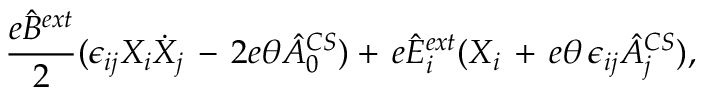
\frac { e \hat { B } \sp { e x t } } { 2 } ( \epsilon _ { i j } X _ { i } \dot { X } _ { j } \, - \, 2 e \theta \hat { A } _ { 0 } \sp { C S } ) + \, e \hat { E } _ { i } \sp { e x t } ( X _ { i } \, + \, e \theta \, \epsilon _ { i j } \hat { A } _ { j } \sp { C S } ) ,